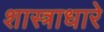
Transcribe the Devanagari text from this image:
शास्त्राधारे